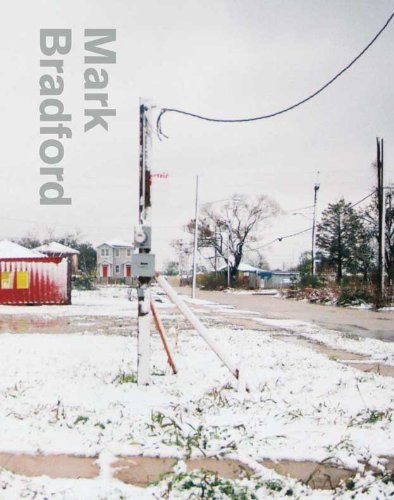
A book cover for Mark Bradford (Wexner Center for the Arts); Christopher Bedford; Arts & Photography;